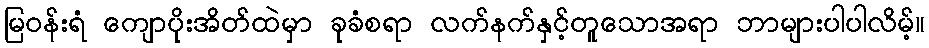
မြဝန်းရံ ကျောပိုးအိတ်ထဲမှာ ခုခံစရာ လက်နက်နှင့်တူသောအရာ ဘာများပါပါလိမ့်။